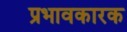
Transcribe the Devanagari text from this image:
प्रभावकारक